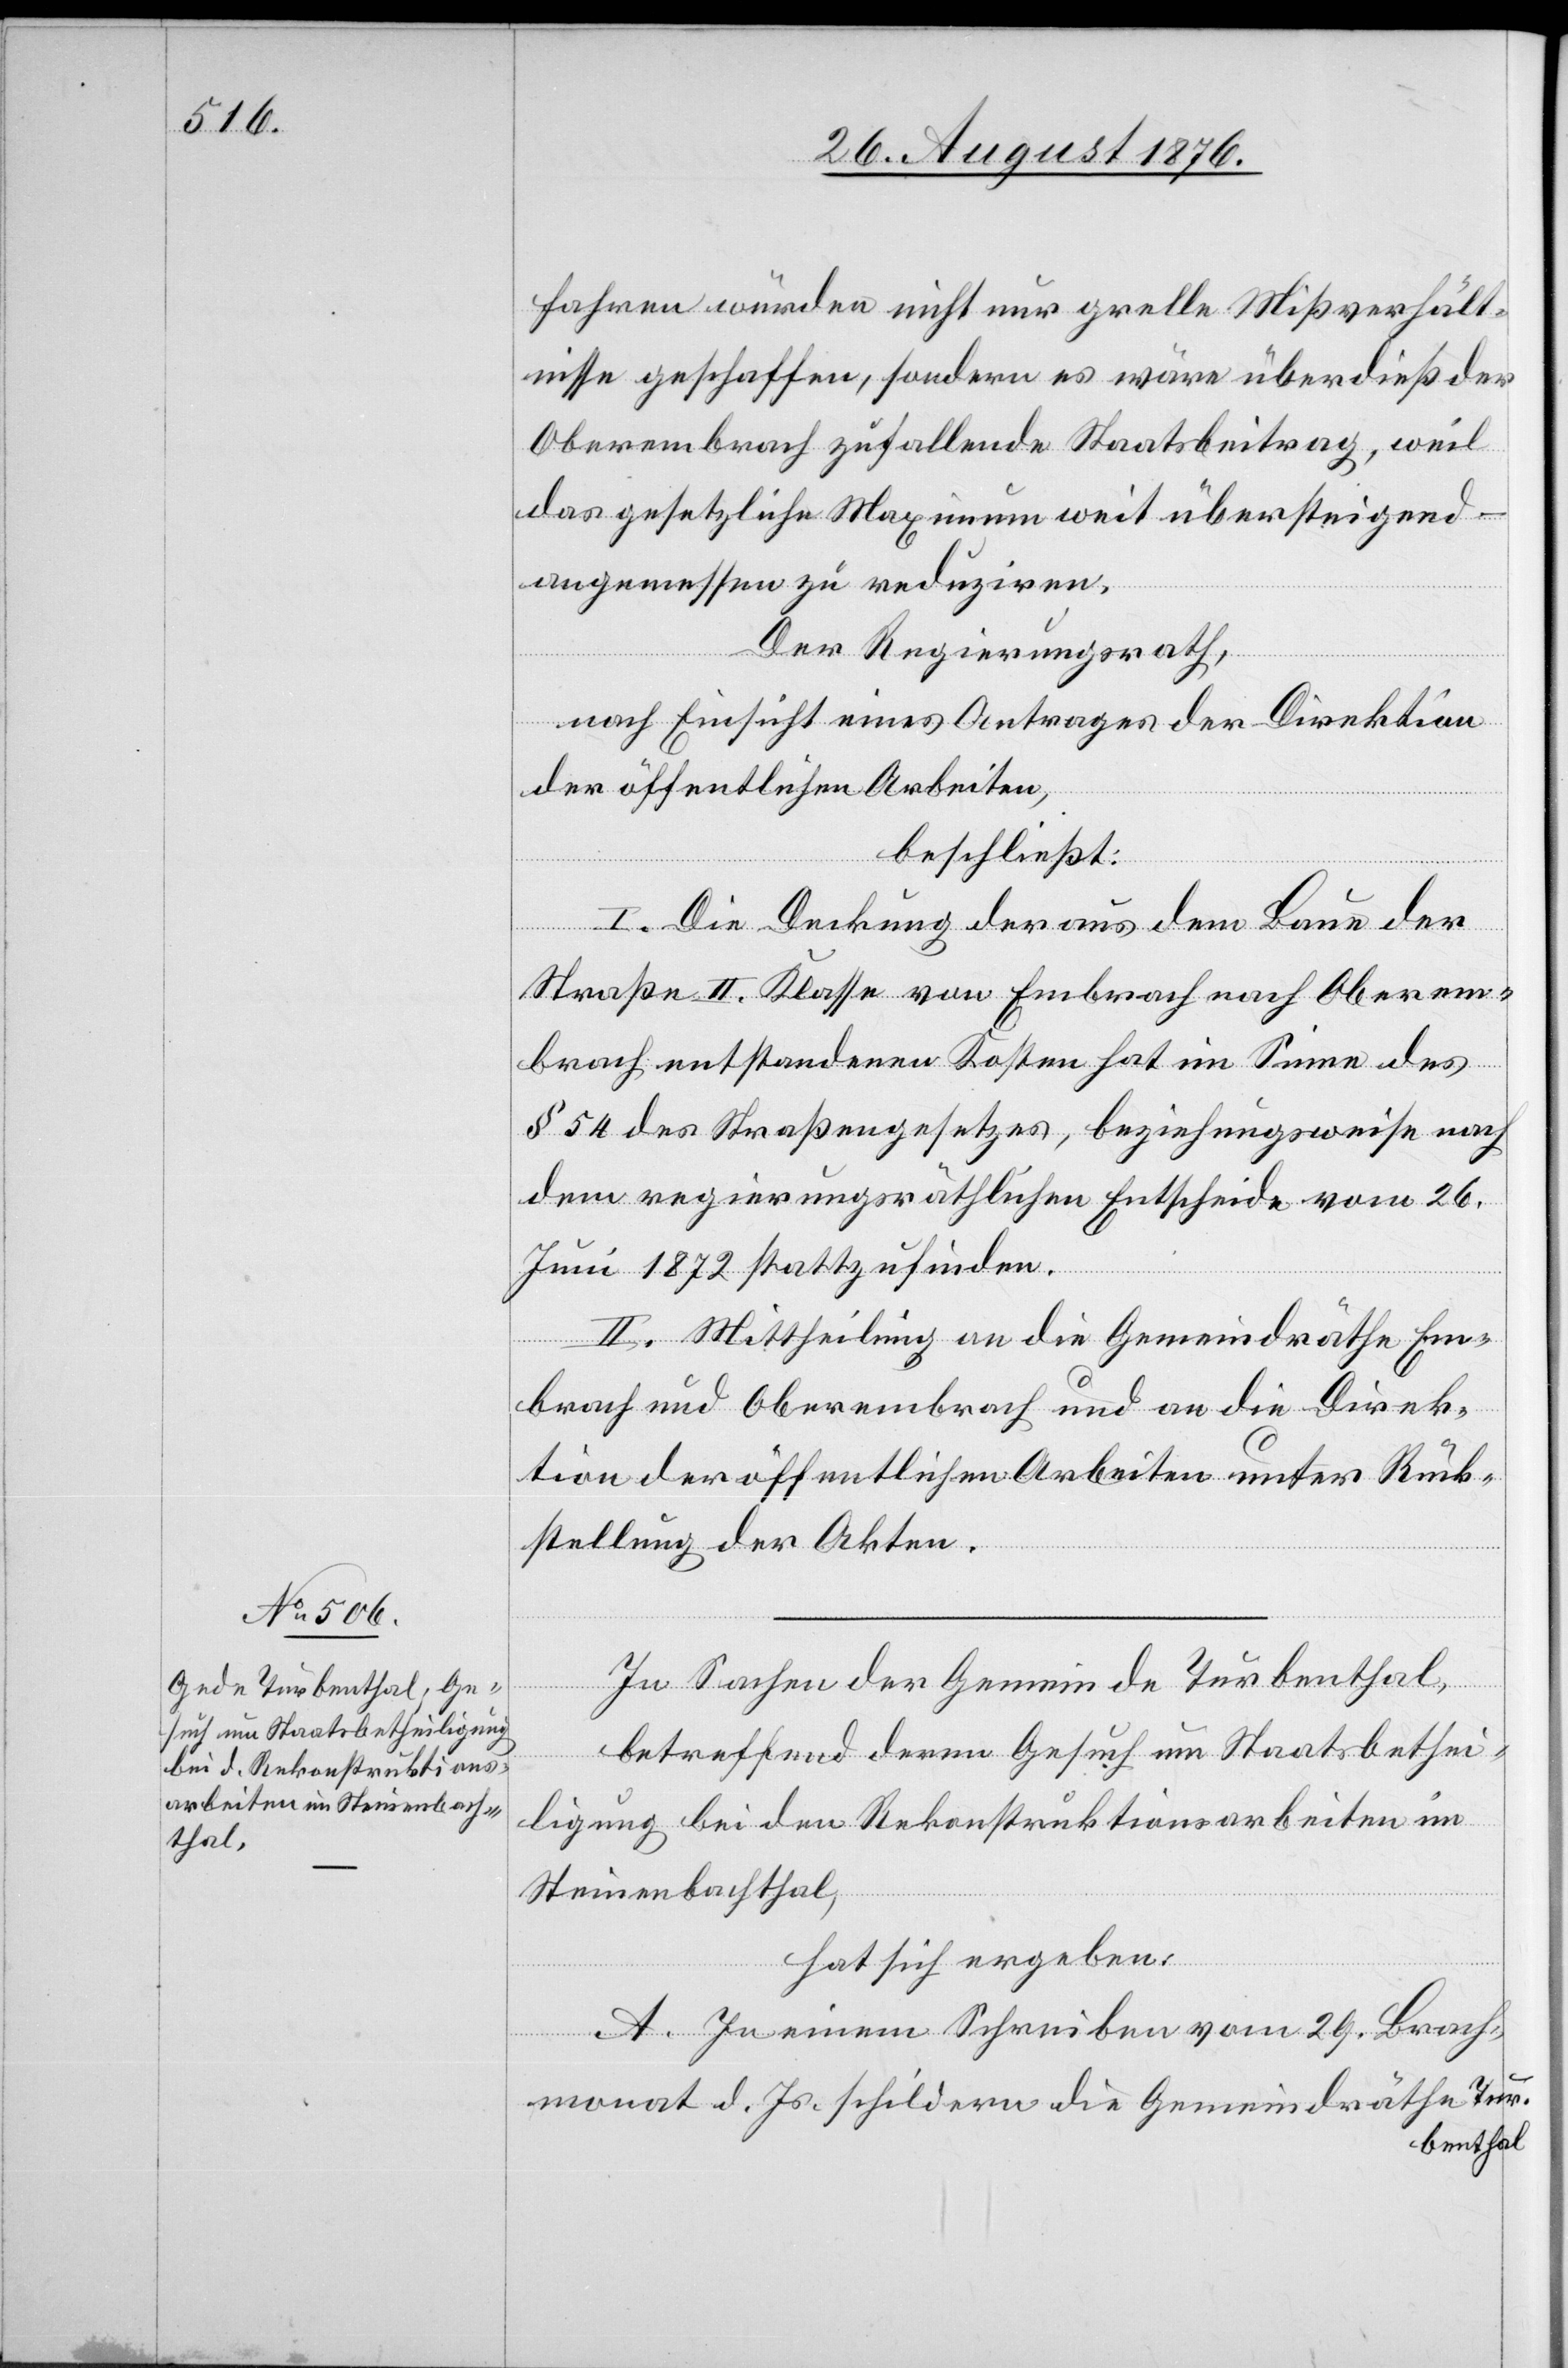
fahren würden nicht nur grelle Mißverhält¬
nisse geschaffen, sondern es wäre überdieß der
Oberembrach zufallende Staatsbeitrag, weil
das gesetzliche Maximum weit übersteigend –
angemessen zu reduziren.
Der Regierungsrath,
nach Einsicht eines Antrages der Direktion
der öffentlichen Arbeiten,
beschließt:
I. Die Deckung der aus dem Baue der
Straße II. Klasse von Embrach nach Oberem¬
brach entstandenen Kosten hat im Sinne des
§ 54 des Straßengesetzes, beziehungsweise nach
dem regierungsräthlichen Entscheide vom 26.
Juni 1872 stattzufinden.
II. Mittheilung an die Gemeindräthe Em¬
brach und Oberembrach und an die Direk¬
tion der öffentlichen Arbeiten unter Rück¬
stellung der Akten.
In Sachen der Gemeinde Turbenthal,
betreffend deren Gesuch um Staatsbethei¬
ligung bei den Rekonstruktionsarbeiten im
Steinenbachthal,
hat sich ergeben:
A. In einem Schrieben vom 29. Brach¬
monat d. Js. schildern die Gemeindräthe Tur¬
benthal